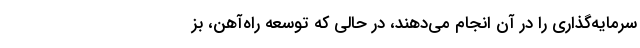
سرمایه‌گذاری را در آن انجام می‌دهند، در حالی که توسعه راه‌آهن، بز